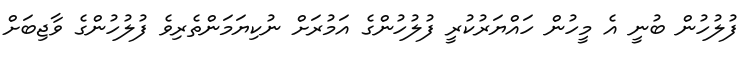
ފުލުހުން ބުނީ އެ މީހުން ހައްޔަރުކުރީ ފުލުހުންގެ އަމުރަށް ނުކިޔަމަންތެރިވެ ފުލުހުންގެ ވާޖިބަށް